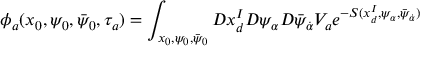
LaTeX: \phi _ { a } ( x _ { 0 } , \psi _ { 0 } , \bar { \psi } _ { 0 } , \tau _ { a } ) = \int _ { x _ { 0 } , \psi _ { 0 } , \bar { \psi } _ { 0 } } { \cal D } x _ { d } ^ { I } { \cal D } \psi _ { \alpha } { \cal D } \bar { \psi } _ { \dot { \alpha } } V _ { a } e ^ { - S ( x _ { d } ^ { I } , \psi _ { \alpha } , \bar { \psi } _ { \dot { \alpha } } ) }